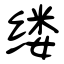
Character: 缕